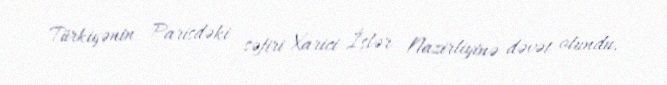
Türkiyənin Parisdəki səfiri Xarici İşlər Nazirliyinə dəvət olundu.